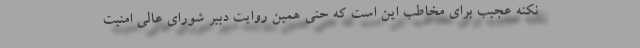
نکته عجیب برای مخاطب این است که حتی همین روایت دبیر شورای عالی امنیت